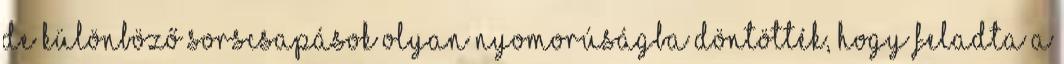
de különböző sorscsapások olyan nyomorúságba döntötték, hogy feladta a